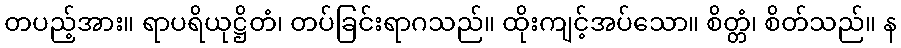
တပည့်အား။ ရာပရိယုဋ္ဌိတံ၊ တပ်ခြင်းရာဂသည်။ ထိုးကျင့်အပ်သော။ စိတ္တံ၊ စိတ်သည်။ န